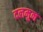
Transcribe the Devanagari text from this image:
दलमुन